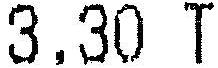
3.30 T